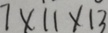
7 \times 1 1 \times 1 3